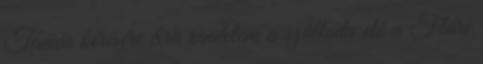
Tamás kérésére 8ra rendelem a szálloda elé a Fláre